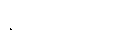
နိယျာဒယိံသု